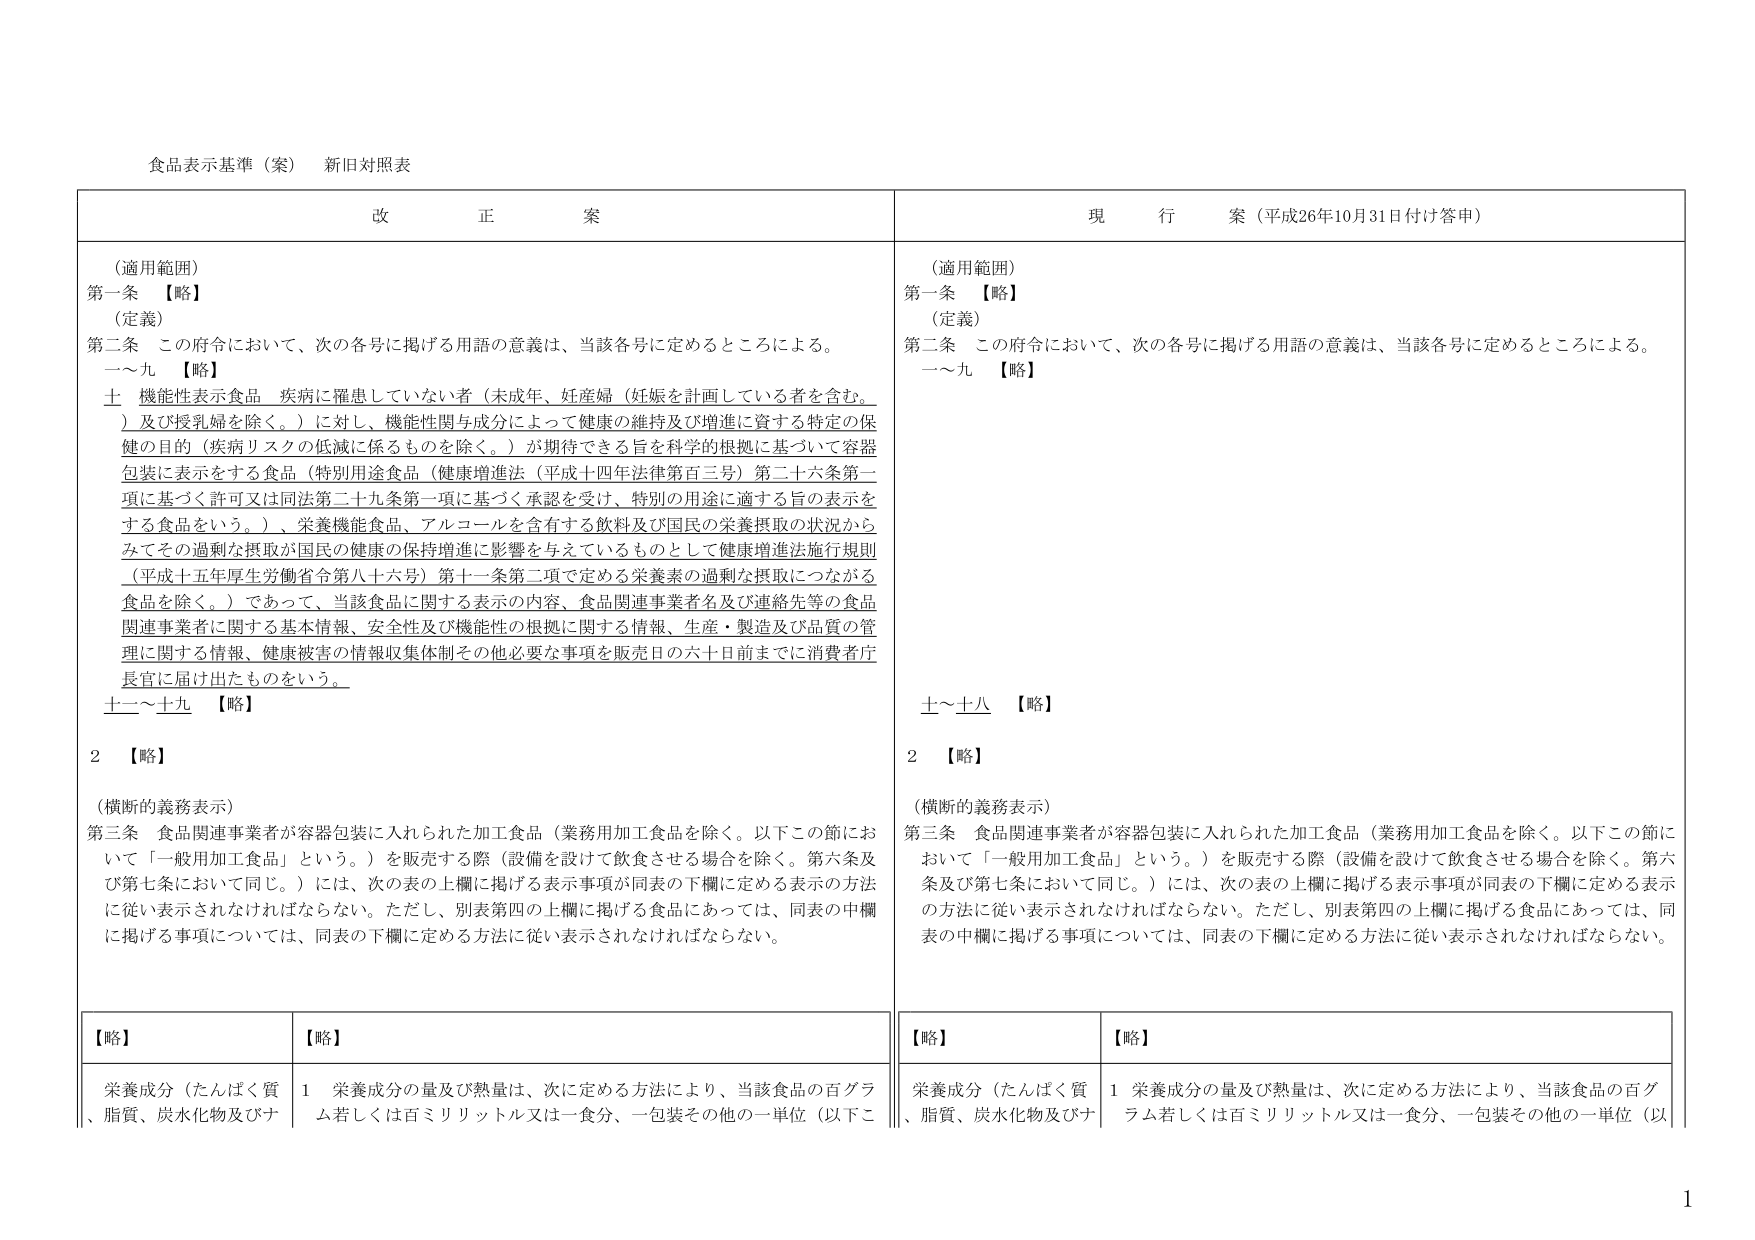
食品表示基準（案） 新旧対照表

改 正 案

（適用範囲）
第一条 【略】
（定義）
第二条 この府令において、次の各号に掲げる用語の意義は、当該各号に定めるところによる。
一～九 【略】
十 機能性表示食品 疾病に罹患していない者（未成年、妊産婦（妊娠を計画している者を含む。）及び授乳婦を除く。）に対し、機能性関与成分によって健康の維持及び増進に資する特定の保健の目的（疾病リスクの低減に係るものを除く。）が期待できる旨を科学的根拠に基づいて容器包装に表示をする食品（特別用途食品（健康増進法（平成十四年法律第百三号）第二十六条第一項に基づく許可又は同法第二十九条第一項に基づく承認を受け、特別の用途に適する旨の表示をする食品をいう。）、栄養機能食品、アルコールを含有する飲料及び国民の栄養摂取の状況からみてその過剰な摂取が国民の健康の保持増進に影響を与えているものとして健康増進法施行規則（平成十五年厚生労働省令第八十六号）第十一条第二項で定める栄養素の過剰な摂取につながる食品を除く。）であって、当該食品に関する表示の内容、食品関連事業者名及び連絡先等の食品関連事業者に関する基本情報、安全性及び機能性の根拠に関する情報、生産・製造及び品質の管理に関する情報、健康被害の情報収集体制その他必要な事項を販売日の六十日前までに消費者庁長官に届け出たものをいう。
十一～十九 【略】
2 【略】
（横断的義務表示）
第三条 食品関連事業者が容器包装に入れられた加工食品（業務用加工食品を除く。以下この節において「一般用加工食品」という。）を販売する際（設備を設けて飲食させる場合を除く。第六条及び第七条において同じ。）には、次の表の上欄に掲げる表示事項が同表の下欄に定める表示の方法に従い表示されなければならない。ただし、別表第四の上欄に掲げる食品にあっては、同表の中欄に掲げる事項については、同表の下欄に定める方法に従い表示されなければならない。

【略】 【略】
栄養成分（たんぱく質、脂質、炭水化物及びナ 1 栄養成分の量及び熱量は、次に定める方法により、当該食品の百グラム若しくは百ミリリットル又は一食分、一包装その他の一単位（以下こ

現 行 案（平成26年10月31日付け答申）

（適用範囲）
第一条 【略】
（定義）
第二条 この府令において、次の各号に掲げる用語の意義は、当該各号に定めるところによる。
一～九 【略】
十～十八 【略】
2 【略】
（横断的義務表示）
第三条 食品関連事業者が容器包装に入れられた加工食品（業務用加工食品を除く。以下この節において「一般用加工食品」という。）を販売する際（設備を設けて飲食させる場合を除く。第六条及び第七条において同じ。）には、次の表の上欄に掲げる表示事項が同表の下欄に定める表示の方法に従い表示されなければならない。ただし、別表第四の上欄に掲げる食品にあっては、同表の中欄に掲げる事項については、同表の下欄に定める方法に従い表示されなければならない。

【略】 【略】
栄養成分（たんぱく質、脂質、炭水化物及びナ 1 栄養成分の量及び熱量は、次に定める方法により、当該食品の百グラム若しくは百ミリリットル又は一食分、一包装その他の一単位（以

1